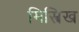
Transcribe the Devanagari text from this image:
मिस्त्रिख